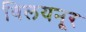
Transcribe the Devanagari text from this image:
विलयनूर